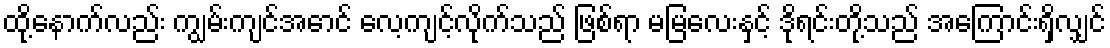
ထို့နောက်လည်း ကျွမ်းကျင်အောင် လေ့ကျင့်လိုက်သည် ဖြစ်ရာ မမြလေးနှင့် ဒိုရင်းတို့သည် အကြောင်းရှိလျှင်